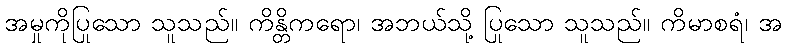
အမှုကိုပြုသော သူသည်။ ကိန္တိကရော၊ အဘယ်သို့ ပြုသော သူသည်။ ကိမာစရံ၊ အ